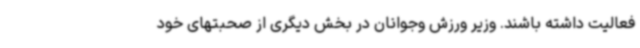
فعالیت داشته باشند. وزیر ورزش وجوانان در بخش دیگری از صحبتهای خود